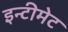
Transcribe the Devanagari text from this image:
इन्टीमेट